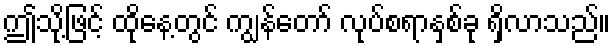
ဤသို့ဖြင့် ထိုနေ့တွင် ကျွန်တော် လုပ်စရာနှစ်ခု ရှိလာသည်။